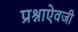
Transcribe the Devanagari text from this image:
प्रश्नाऐवजी